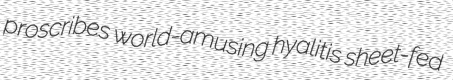
proscribes world-amusing hyalitis sheet-fed